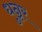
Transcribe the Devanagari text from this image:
धुन्नर